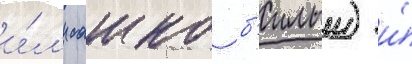
и́л'и сашко б'илыи) и́